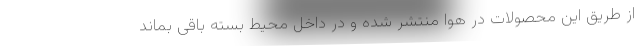
از طریق این محصولات در هوا منتشر شده و در داخل محیط بسته باقی بماند